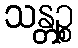
သန္တဉ္စ